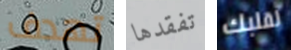
تهدف تفقدها لقلبك